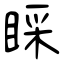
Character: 睬